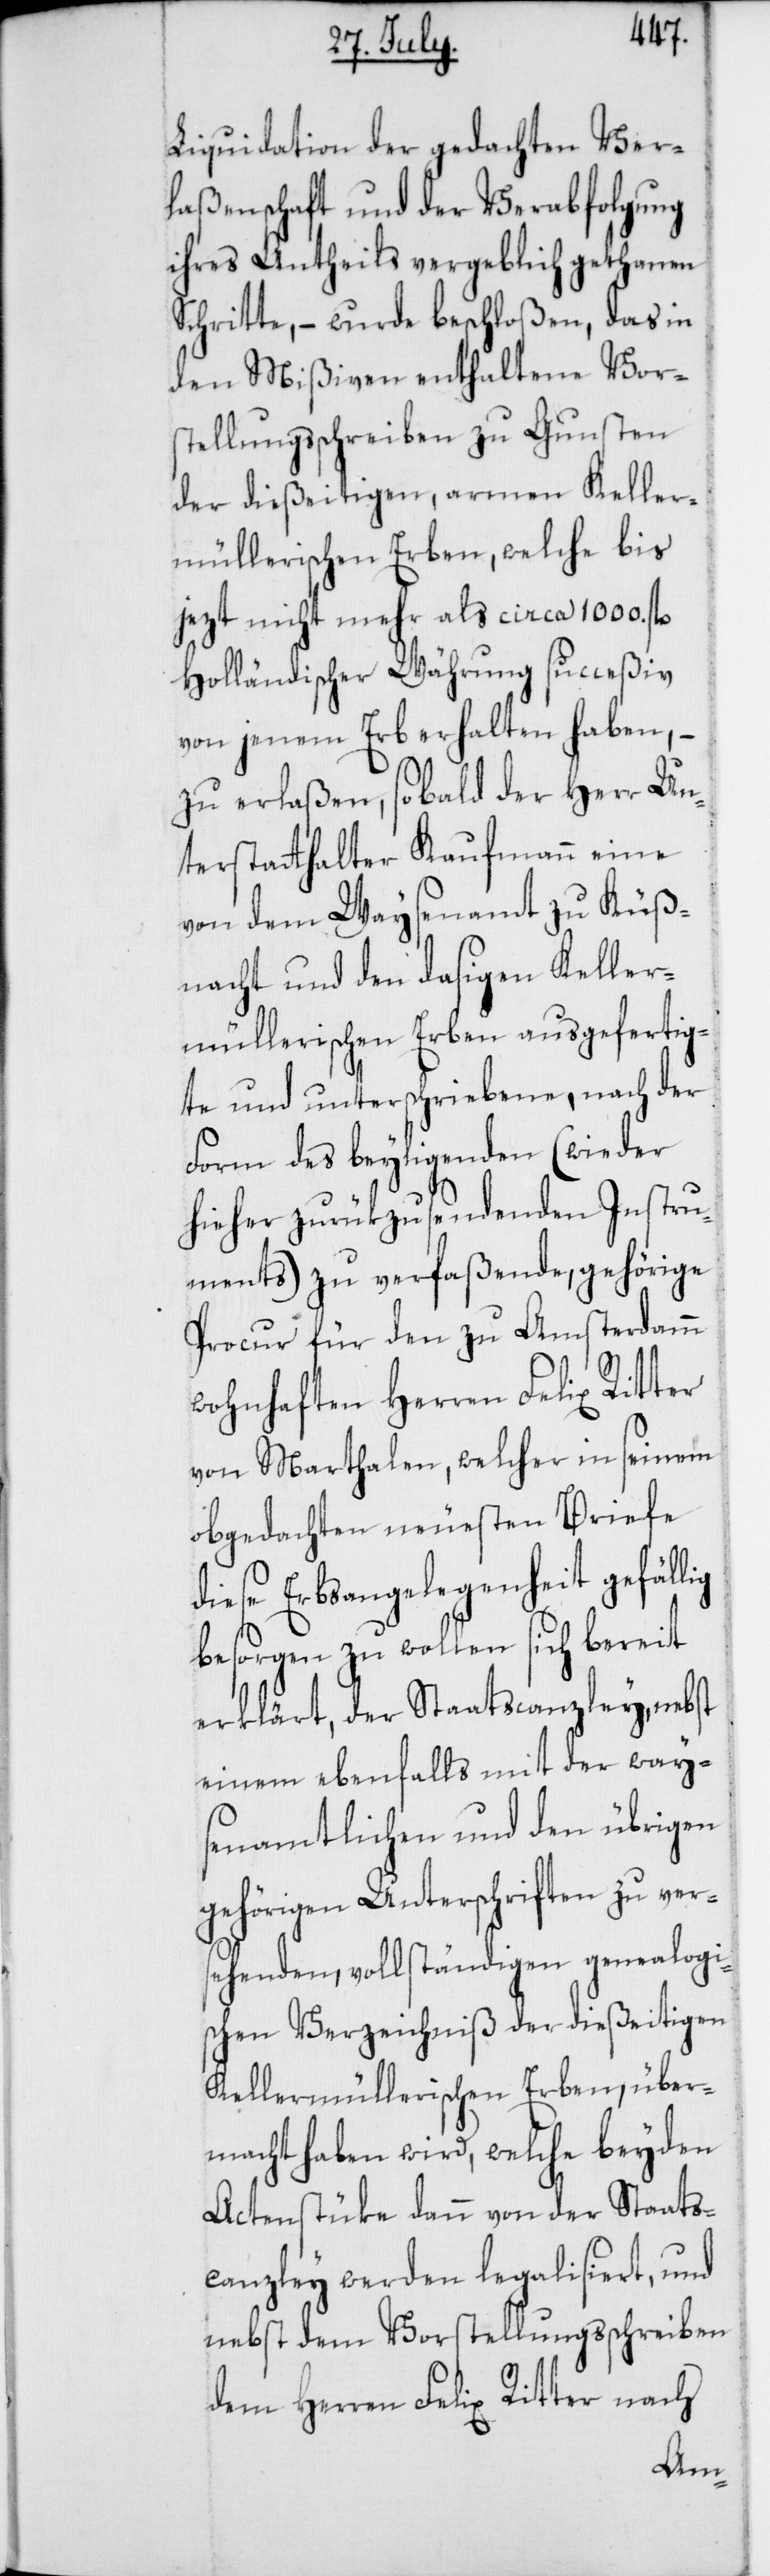
Liquidation der gedachten Ver¬
laßenschaft und der Verabfolgung
ihres Antheils vergeblich gethanen
Schritte, – wurde beschloßen, das in
den Mißiven enthaltene Vor¬
stellungsschreiben zu Gunsten
der dießeitigen, armen Keller¬
müllerischen Erben, welche bis
jezt nicht mehr als circa 1000. fl.
Holländischer Währung succeßiv
von jenem Erb erhalten haben, –
zu erlaßen, sobald der Herr Un¬
terstatthalter Kaufmann eine
von dem Waysenamt zu Küß¬
nacht und den dasigen Keller¬
müllerischen Erben ausgefertig¬
te und unterschriebene, nach der
Form des beyligenden (wieder
hieher zurükzusendenden Instru¬
ments) zu verfaßende, gehörige
Procur für den zu Amsterdamm
wohnhaften Herren Felix Ritter
von Marthalen, welcher in seinem
obgedachten neuesten Briefe
diese Erbsangelegenheit gefällig
besorgen zu wollen sich bereit
erklärt, der Staatscanzley, nebst
einem ebenfalls mit der way¬
senamtlichen und den übrigen
gehörigen Unterschriften zu ver¬
sehenden, vollständigen genealogi¬
schen Verzeichniß der dießeitigen
Kellermüllerischen Erben, über¬
macht haben wird, welche beyden
Actenstüke dann von der Staats¬
canzley werden legalisiert, und
nebst dem Vorstellungsschreiben
dem Herren Felix Ritter nach